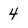
Character: 4